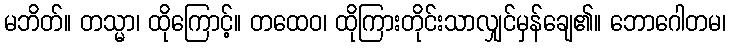
မဘိတ်။ တသ္မာ၊ ထိုကြောင့်။ တထေဝ၊ ထိုကြားတိုင်းသာလျှင်မှန်ချေ၏။ ဘောဂေါတမ၊